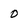
Character: O